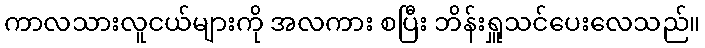
ကာလသားလူငယ်များကို အလကား စပြီး ဘိန်းရှူသင်ပေးလေသည်။